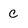
Character: C